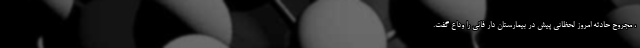
، مجروح حادثه امروز لحظاتی پیش در بیمارستان دار فانی را وداع گفت.